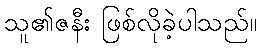
သူ၏ဇနီး ဖြစ်လိုခဲ့ပါသည်။